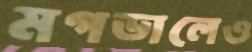
মগডালেও